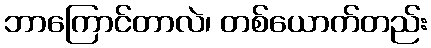
ဘာကြောင်တာလဲ၊ တစ်ယောက်တည်း